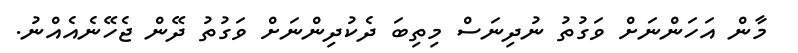
މާން އަހަންނަށް ވަގުތު ނުދިނަސް މިތިބަ ދެކުދިންނަށް ވަގުތު ދޭން ޖެހޭނެއެއްނު.